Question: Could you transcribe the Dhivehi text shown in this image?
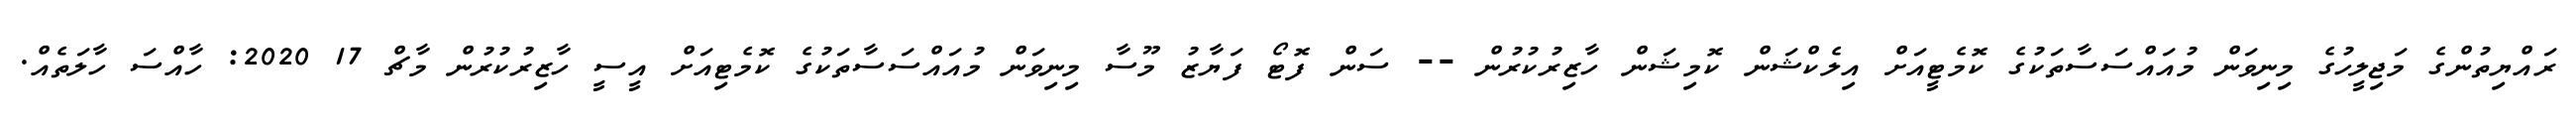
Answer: ރައްޔިތުންގެ މަޖިލީހުގެ މިނިވަން މުއައްސަސާތަކުގެ ކޮމެޓީއަށް އިލެކްޝަން ކޮމިޝަން ހާޒިރުކުރުން -- ސަން ފޮޓޯ ފަޔާޒު މޫސާ މިނިވަން މުއައްސަސާތަކުގެ ކޮމެޓިއަށް އީސީ ހާޒިރުކުރުން މާޗް 17 2020: ހާއްސަ ހާލަތެއް.